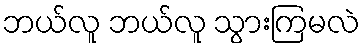
ဘယ်လူ ဘယ်လူ သွားကြမလဲ